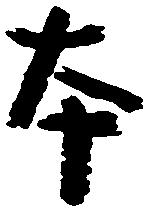
本